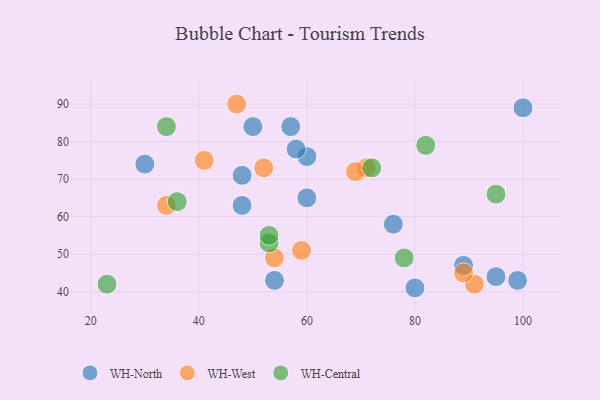
{"axis": {"x": "GDP", "y": "Life Expectancy"}, "legend": ["WH-Central", "WH-North", "WH-West"], "data": [{"x": "60", "y": 76, "type": "WH-North"}, {"x": "58", "y": 78, "type": "WH-North"}, {"x": "50", "y": 84, "type": "WH-North"}, {"x": "99", "y": 43, "type": "WH-North"}, {"x": "80", "y": 41, "type": "WH-North"}, {"x": "60", "y": 65, "type": "WH-North"}, {"x": "57", "y": 84, "type": "WH-North"}, {"x": "48", "y": 63, "type": "WH-North"}, {"x": "76", "y": 58, "type": "WH-North"}, {"x": "30", "y": 74, "type": "WH-North"}, {"x": "89", "y": 47, "type": "WH-North"}, {"x": "54", "y": 43, "type": "WH-North"}, {"x": "48", "y": 71, "type": "WH-North"}, {"x": "100", "y": 89, "type": "WH-North"}, {"x": "95", "y": 44, "type": "WH-North"}, {"x": "71", "y": 73, "type": "WH-West"}, {"x": "59", "y": 51, "type": "WH-West"}, {"x": "54", "y": 49, "type": "WH-West"}, {"x": "52", "y": 73, "type": "WH-West"}, {"x": "34", "y": 63, "type": "WH-West"}, {"x": "91", "y": 42, "type": "WH-West"}, {"x": "69", "y": 72, "type": "WH-West"}, {"x": "41", "y": 75, "type": "WH-West"}, {"x": "89", "y": 45, "type": "WH-West"}, {"x": "47", "y": 90, "type": "WH-West"}, {"x": "72", "y": 73, "type": "WH-Central"}, {"x": "78", "y": 49, "type": "WH-Central"}, {"x": "36", "y": 64, "type": "WH-Central"}, {"x": "95", "y": 66, "type": "WH-Central"}, {"x": "53", "y": 53, "type": "WH-Central"}, {"x": "53", "y": 55, "type": "WH-Central"}, {"x": "82", "y": 79, "type": "WH-Central"}, {"x": "23", "y": 42, "type": "WH-Central"}, {"x": "34", "y": 84, "type": "WH-Central"}]}